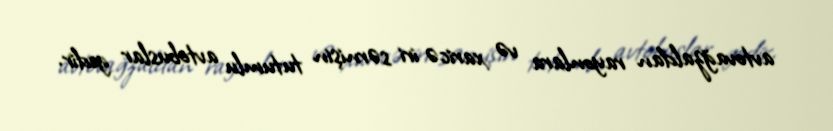
avtovağzaldan rayonlara və xaricə iri sərnişin tutumlu avtobuslar gedir.